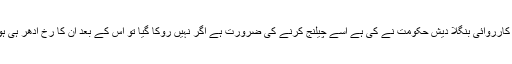
جو کارروائی بنگلا دیش حکومت نے کی ہے اسے چیلنج کرنے کی ضرورت ہے اگر نہیں روکا گیا تو اس کے بعد ان کا رخ ادھر ہی ہوگا۔